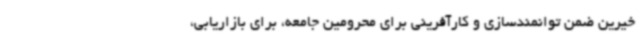
خیرین ضمن توانمندسازی و کارآفرینی برای محرومین جامعه، برای بازاریابی،